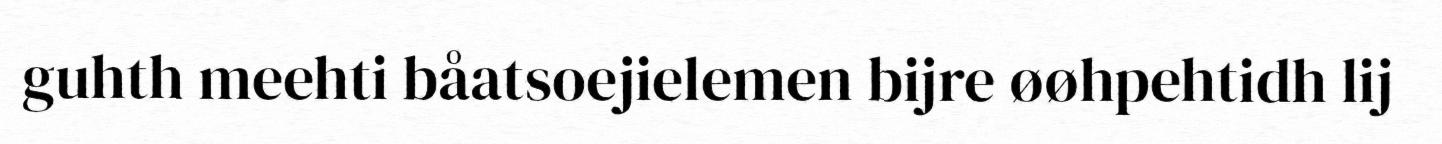
guhth meehti båatsoejielemen bijre øøhpehtidh lij